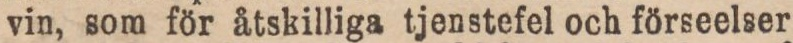
vin, som för åtskilliga tjenstefel och förseelser